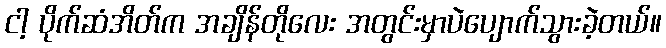
ငါ့ ပိုက်ဆံအိတ်က အချိန်တိုလေး အတွင်းမှာပဲပျောက်သွားခဲ့တယ်။